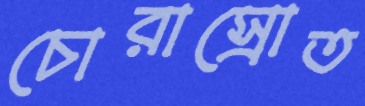
চোরাস্রোত